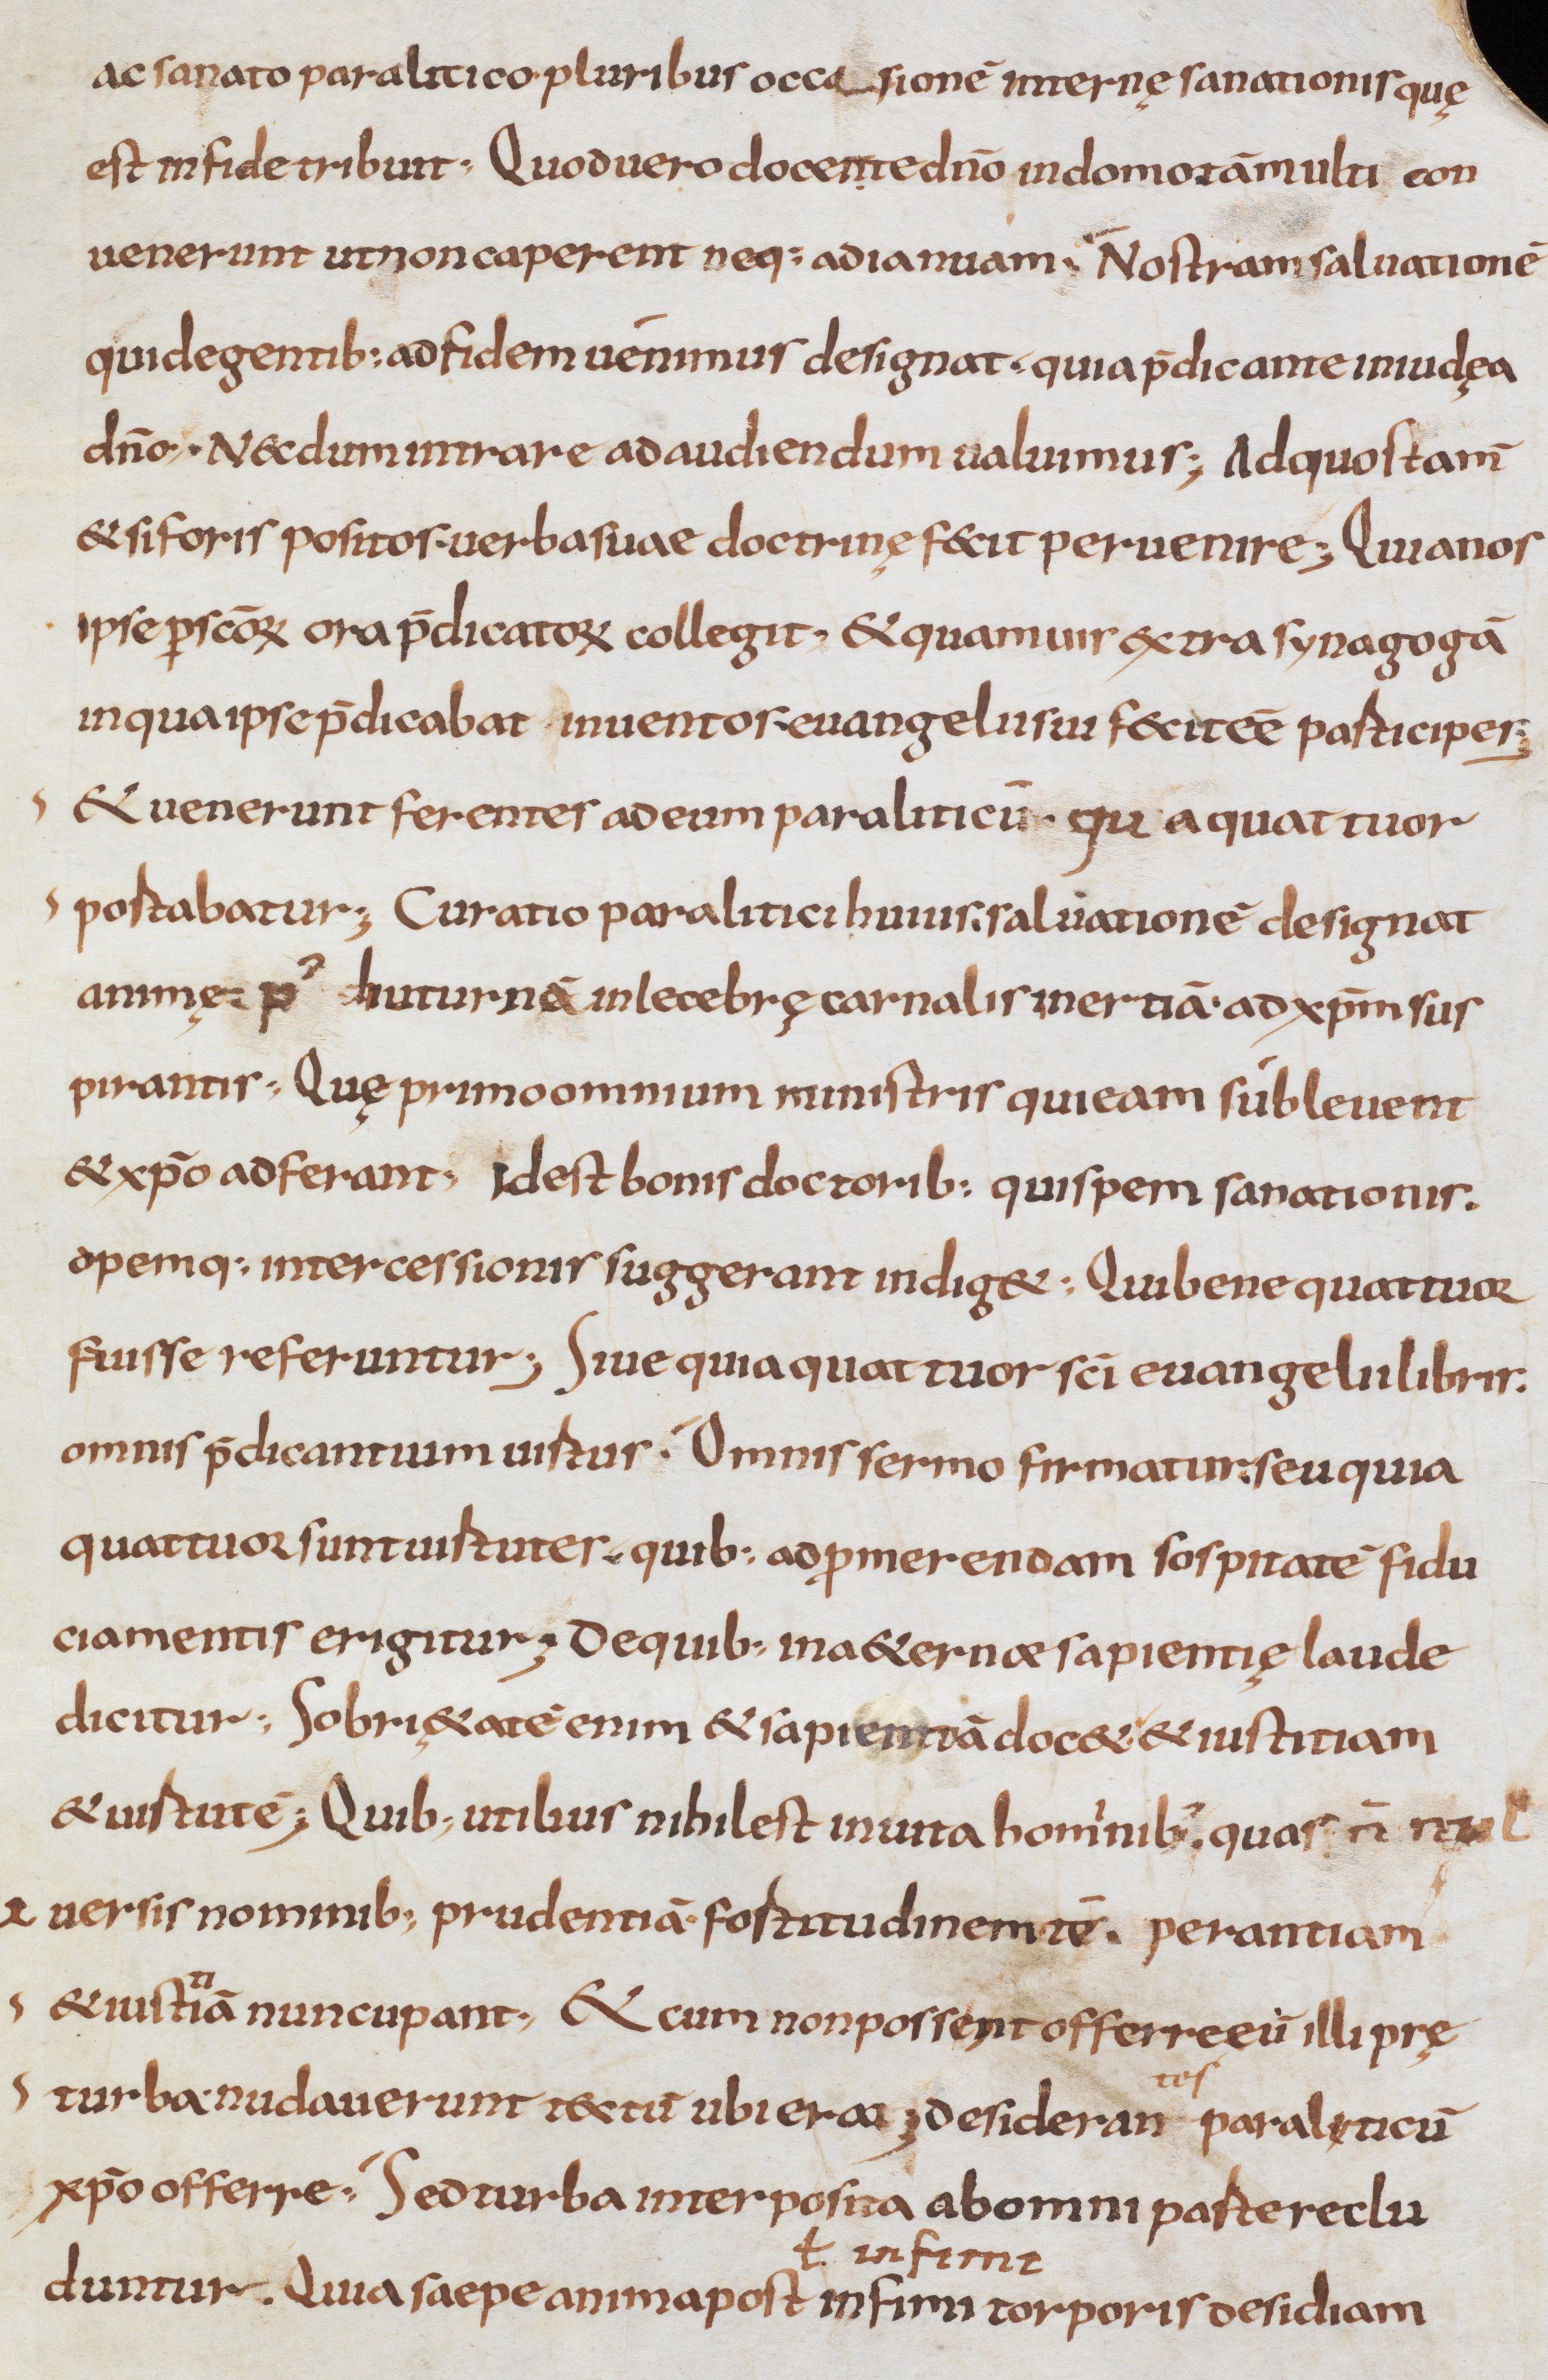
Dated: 800–999